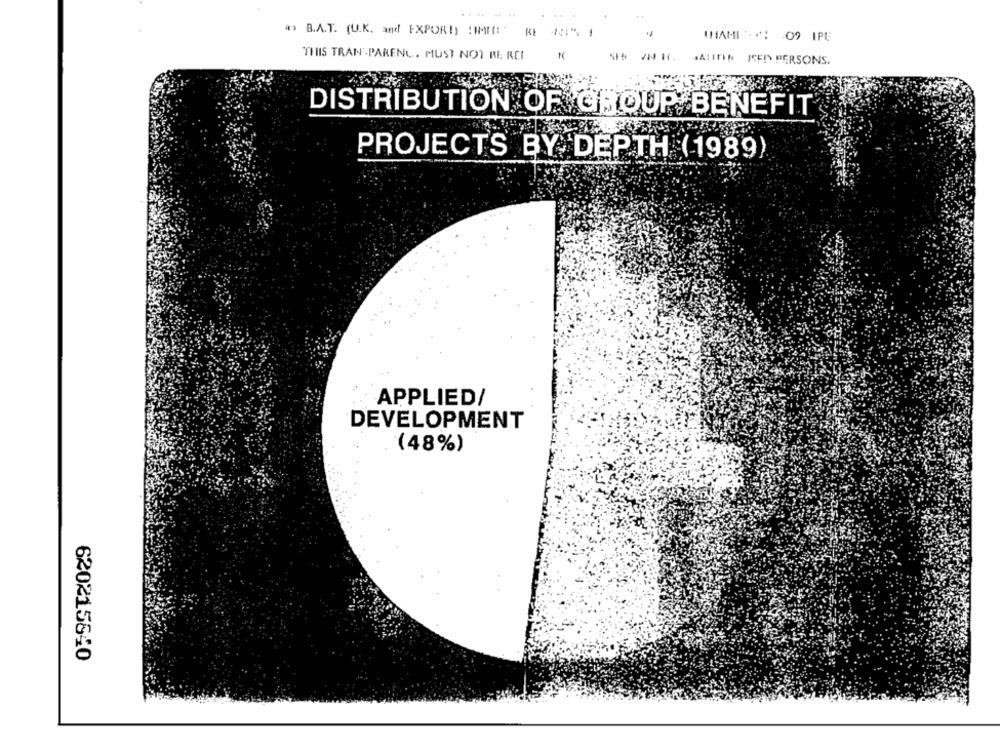
# B.A.T. (U.K. and EXPOR!) !MI!" RE ISI" .
THAMI *: 09 IPL
THIS TRAN'-PARENC . MUST NOT BE REI
SH / RC ATIDIS MED PERSONS.
DISTRIBUTION OF GROUP BENEFIT
PROJECTS BY DEPTH (1989)
APPLIED/
DEVELOPMENT
(48%)
620215640